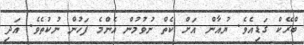
ބްރޭކް ގަޑިއެވެ. ޔުއާން އަށް ކެތް ނުވުމުން އެންމެ ފަހުން ނުކުތެވެ. އަދި